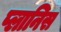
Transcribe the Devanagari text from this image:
प्लानिस